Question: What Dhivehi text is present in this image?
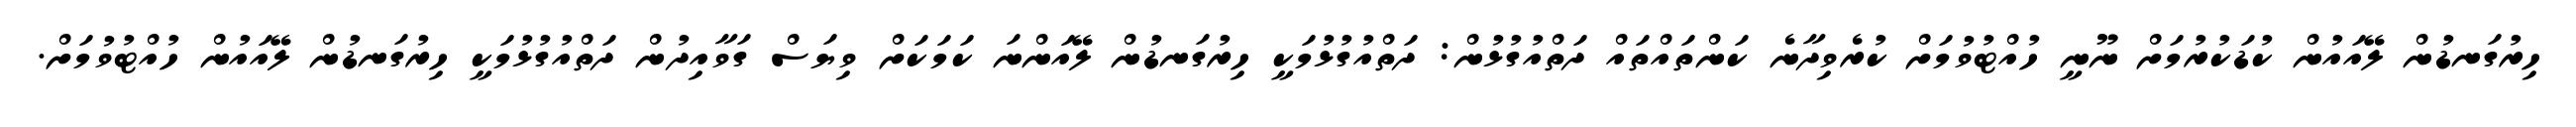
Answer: ހިރުގަނޑުން ލޭއައުން ކުޑަކުރުމަށް ނޫނީ ހުއްޓުވުމަށް ކުރެވިދާނެ ކަންތައްތައް ދަތްއުގުޅުން: ދަތްއުގުޅުމަކީ ހިރުގަނޑުން ލޭއަންނަ ކަމަކަށް ވިޔަސް ގަވާއިދުން ދަތްއުގުޅުމަކީ ހިރުގަނޑުން ލޭއައުން ހުއްޓުވުމަށް.